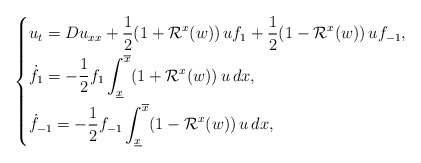
\begin{align*}\left\{\begin{aligned}& {u}_t= D u_{xx} + \frac12 (1+{\mathcal R}^x(w))\, uf_1+\frac12(1-{\mathcal R}^x(w))\, u f_{-1},\\& \dot{f}_{1} =-\frac12f_1\int_{\underline{x}}^{\overline{x}}(1+{\mathcal R}^x(w))\,u\,dx,\\& \dot{f}_{-1} =-\frac12f_{-1}\int_{\underline{x}}^{\overline{x}}(1-{\mathcal R}^x(w))\,u\,dx,\end{aligned}\right.\end{align*}